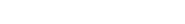
٦٥